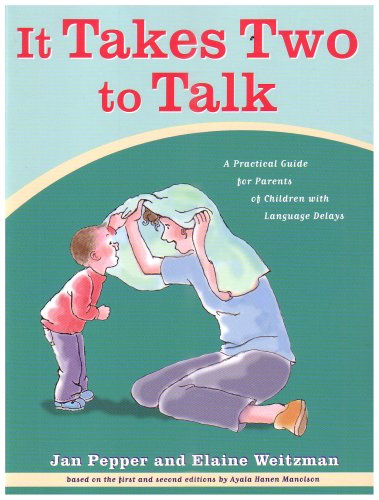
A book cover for It Takes Two To Talk: A Practical Guide For Parents of Children With Language Delays; Jan Pepper; Parenting & Relationships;